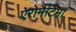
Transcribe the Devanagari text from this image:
ऐरोमैटिमा